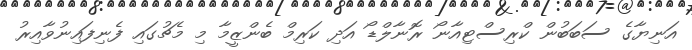
އަނިޔާގެ ސަބަބުން ކްރިސްޓިއާނޯ ރޮނާލްޑޯ އަދި ކަރިމް ބެންޒީމާ މި މެޗުގައި ފެނިފައިނުވާއިރު